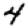
Digit: 4